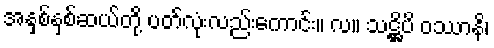
အနှစ်နှစ်ဆယ်တို့ ပတ်လုံးလည်းကောင်း။ လ။ သဋ္ဌိပိ ဝဿာနိ၊